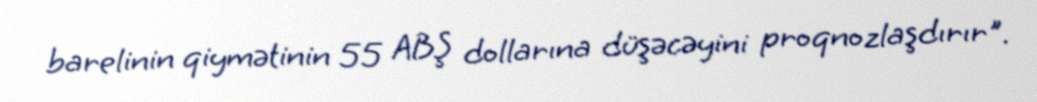
barelinin qiymətinin 55 ABŞ dollarına düşəcəyini proqnozlaşdırır".